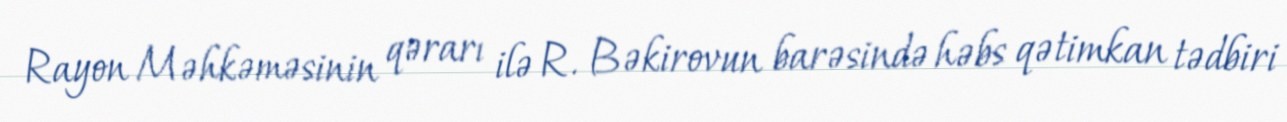
Rayon Məhkəməsinin qərarı ilə R. Bəkirovun barəsində həbs qətimkan tədbiri